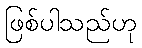
ဖြစ်ပါသည်ဟု